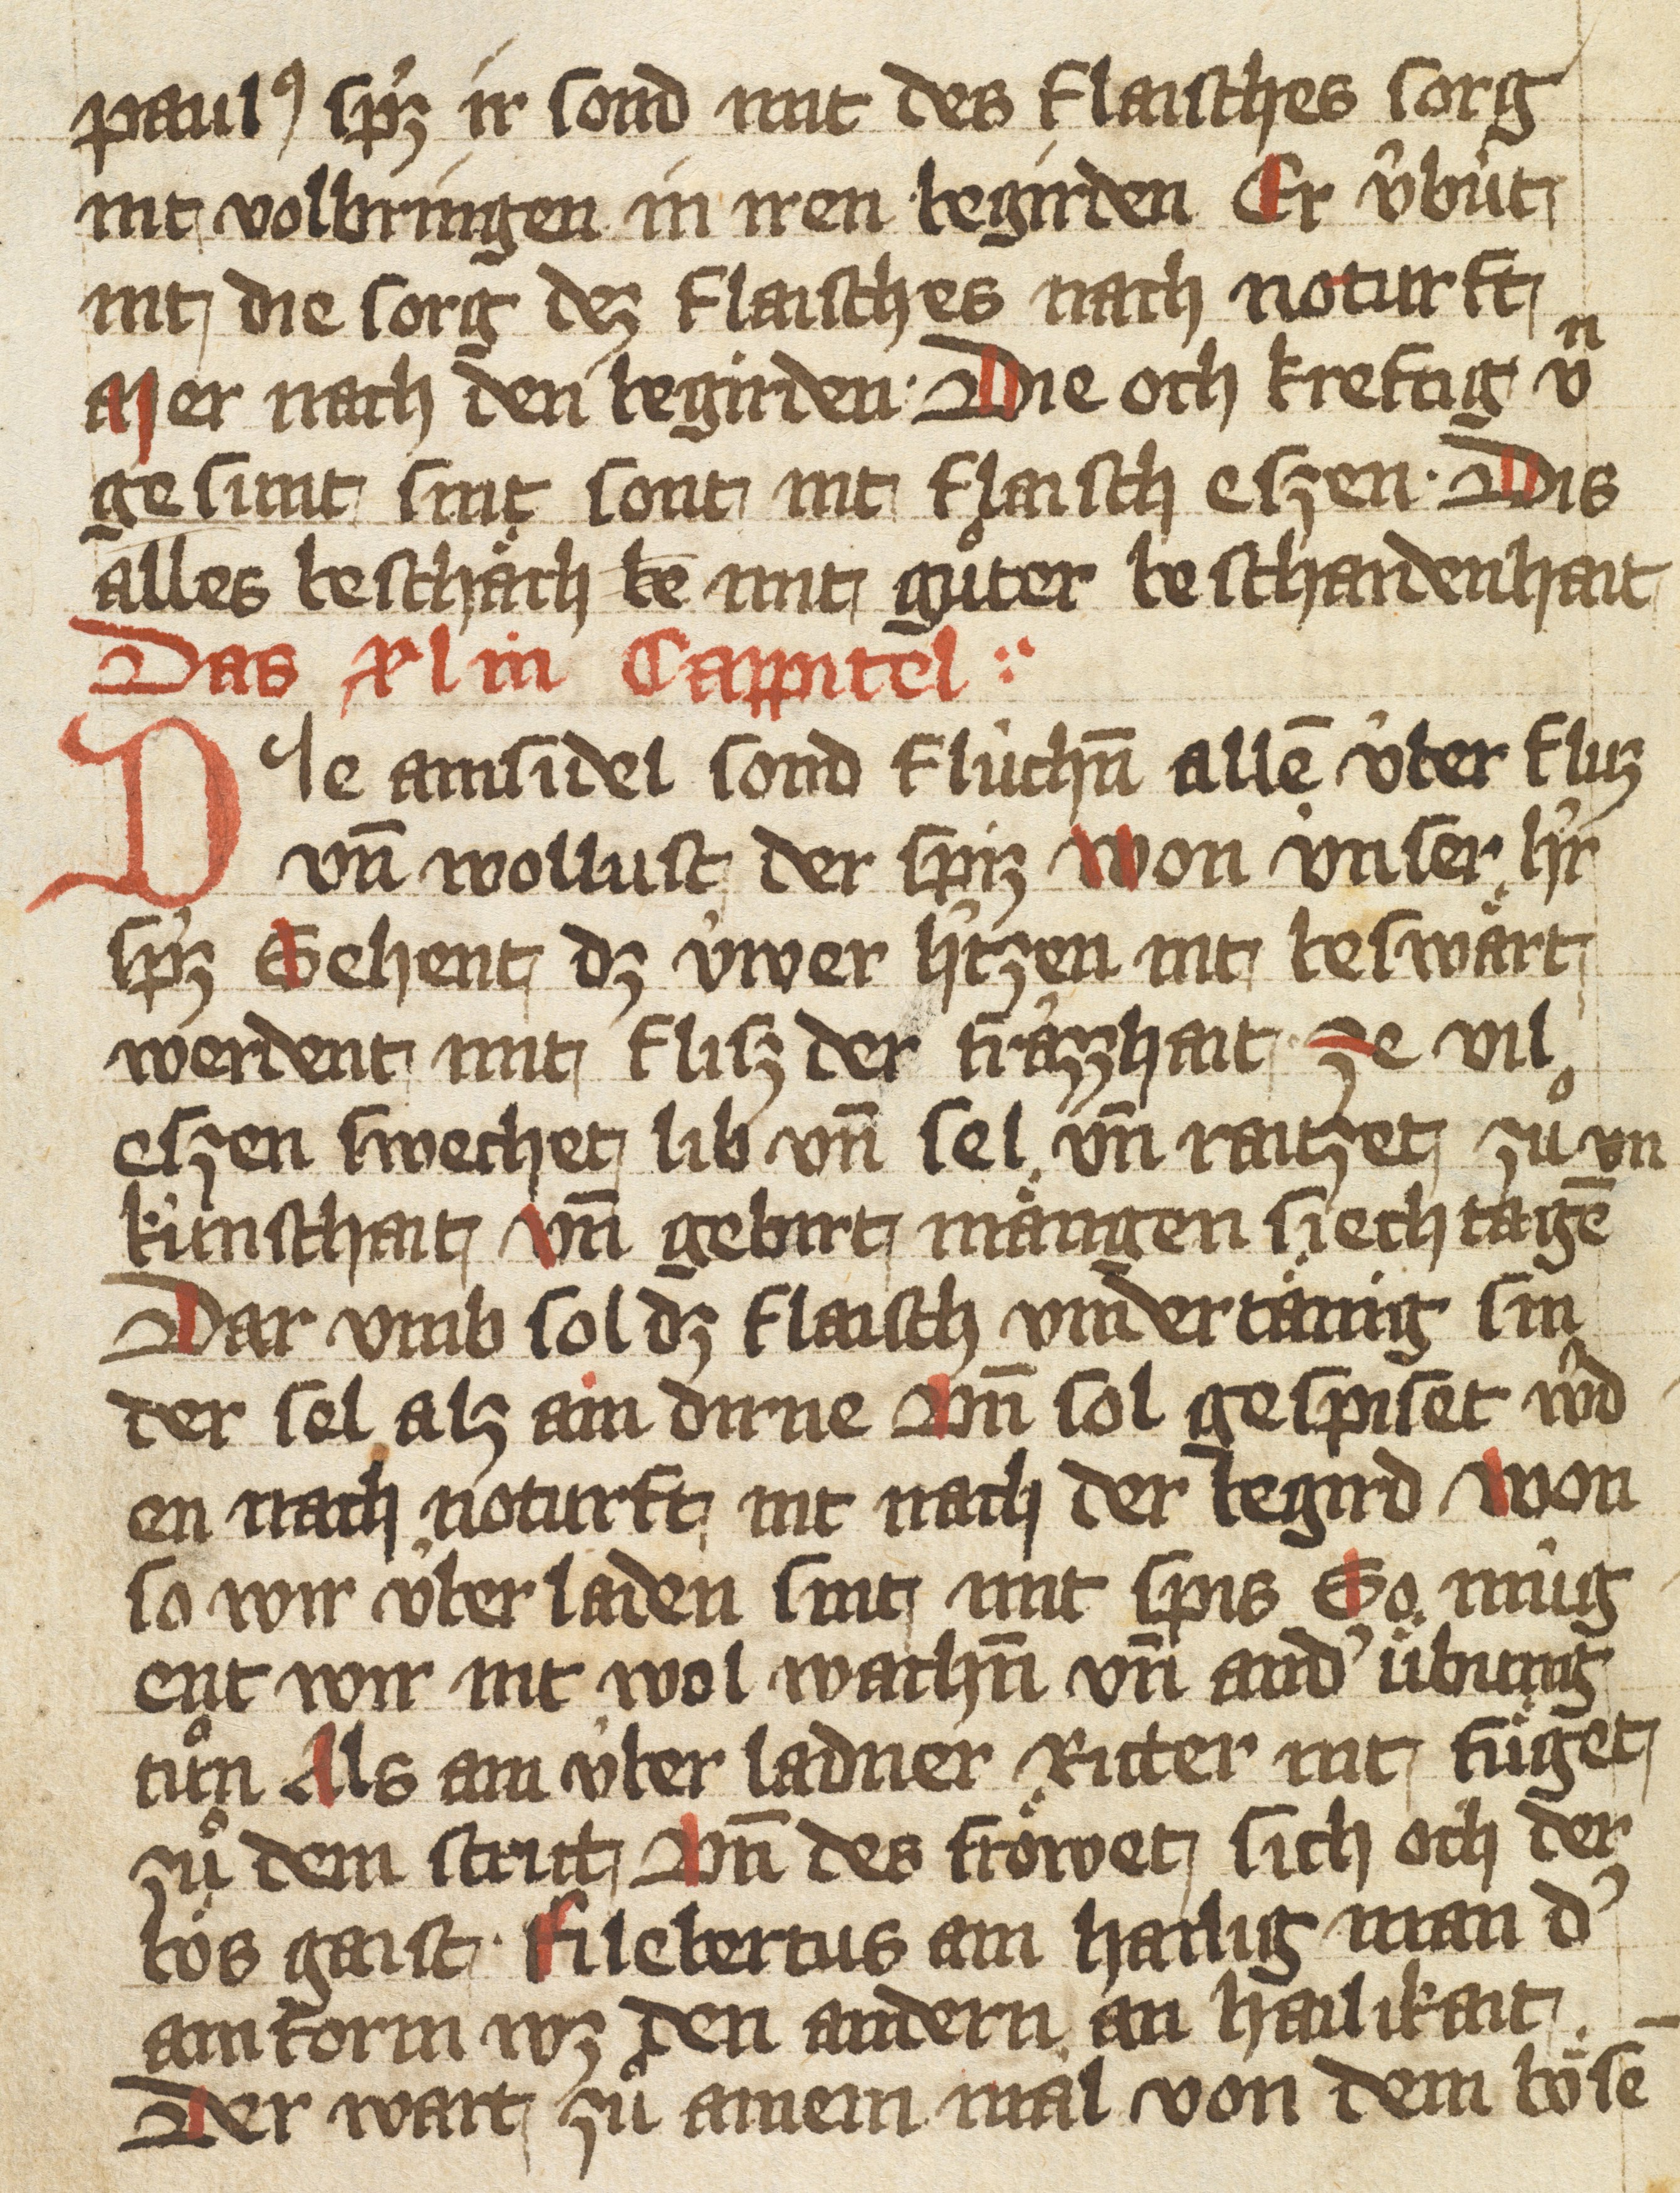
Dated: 1425–1425